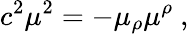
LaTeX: c^{2}\mu^{2}=-\mu_{\rho}\mu^{\rho}\ ,